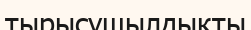
тырысушылдықты